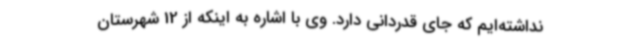
نداشته‌ایم که جای قدردانی دارد. وی با اشاره به اینکه از 12 شهرستان